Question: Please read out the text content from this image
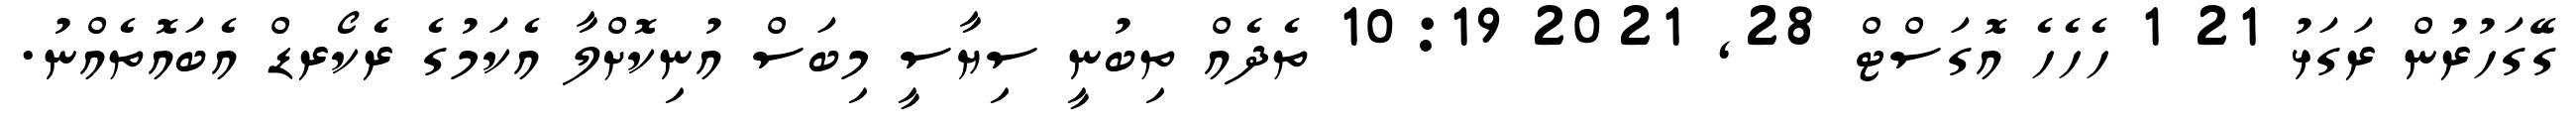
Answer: ގޭގަހުރުން ރަގަޅު 21 1 ހެހެހެ އޮގަސްޓް 28, 2021 10:19 ތެދެއް ތިބުނީ ސިޔާސީ މިބަސް އުނިކޮށްލާ އެކަމުގެ ރެކޯރޑް އެބައޮތެއްނު.